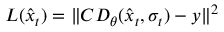
L ( \hat { x } _ { t } ) = \| C D _ { \theta } ( \hat { x } _ { t } , \sigma _ { t } ) - y \| ^ { 2 }